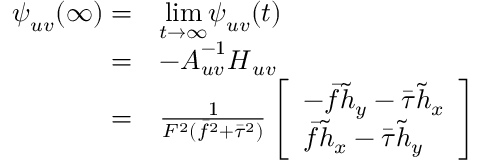
\begin{array} { r l } { \boldsymbol { \psi } _ { u v } ( \infty ) = } & { \underset { t \rightarrow \infty } { \mathrm { l i m } } \boldsymbol { \psi } _ { u v } ( t ) } \\ { = } & { - \boldsymbol { A } _ { u v } ^ { - 1 } \boldsymbol { H } _ { u v } } \\ { = } & { \frac { 1 } { F ^ { 2 } ( \bar { f } ^ { 2 } + \bar { \tau } ^ { 2 } ) } \left[ \begin{array} { l } { - \bar { f } \tilde { h } _ { y } - \bar { \tau } \tilde { h } _ { x } } \\ { \bar { f } \tilde { h } _ { x } - \bar { \tau } \tilde { h } _ { y } } \end{array} \right] } \end{array}